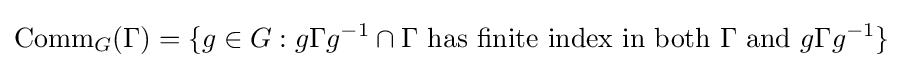
\operatorname {Comm} _{G}(\Gamma )=\{g\in G:g\Gamma g^{-1}\cap \Gamma {\text{ has finite index in both }}\Gamma {\text{ and }}g\Gamma g^{-1}\}